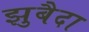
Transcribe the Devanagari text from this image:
झुबैदा